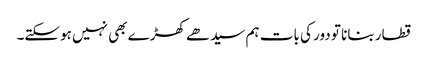
قطار بنانا تو دور کی بات ہم سیدھے کھڑے بھی نہیں ہوسکتے۔